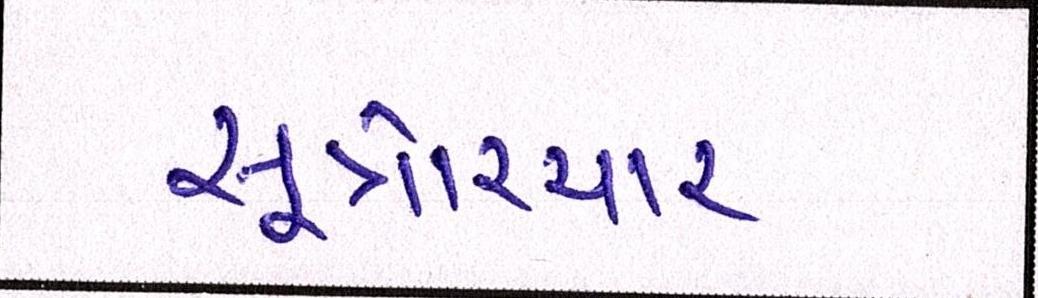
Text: સૂત્રોચ્ચાર